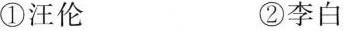
①汪伦 ②李白